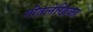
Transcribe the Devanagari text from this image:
गीतलेखिका